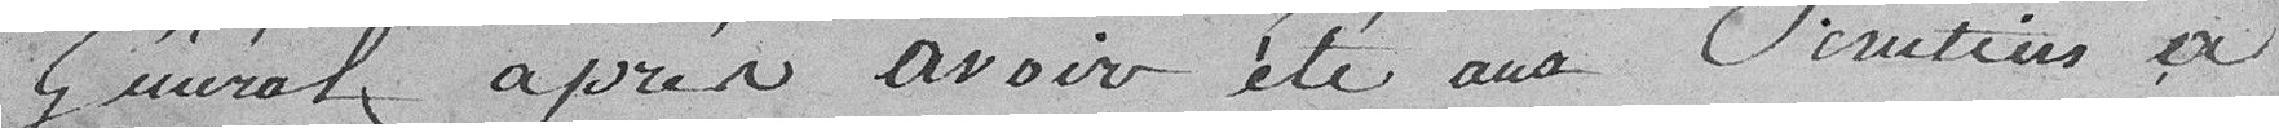
Général après avoir été aux scrutins a